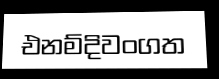
එනම්දිවංගත